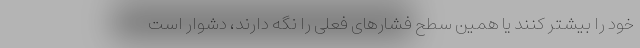
خود را بیشتر کنند یا همین سطح فشارهای فعلی را نگه دارند، دشوار است